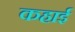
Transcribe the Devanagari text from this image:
कहाई